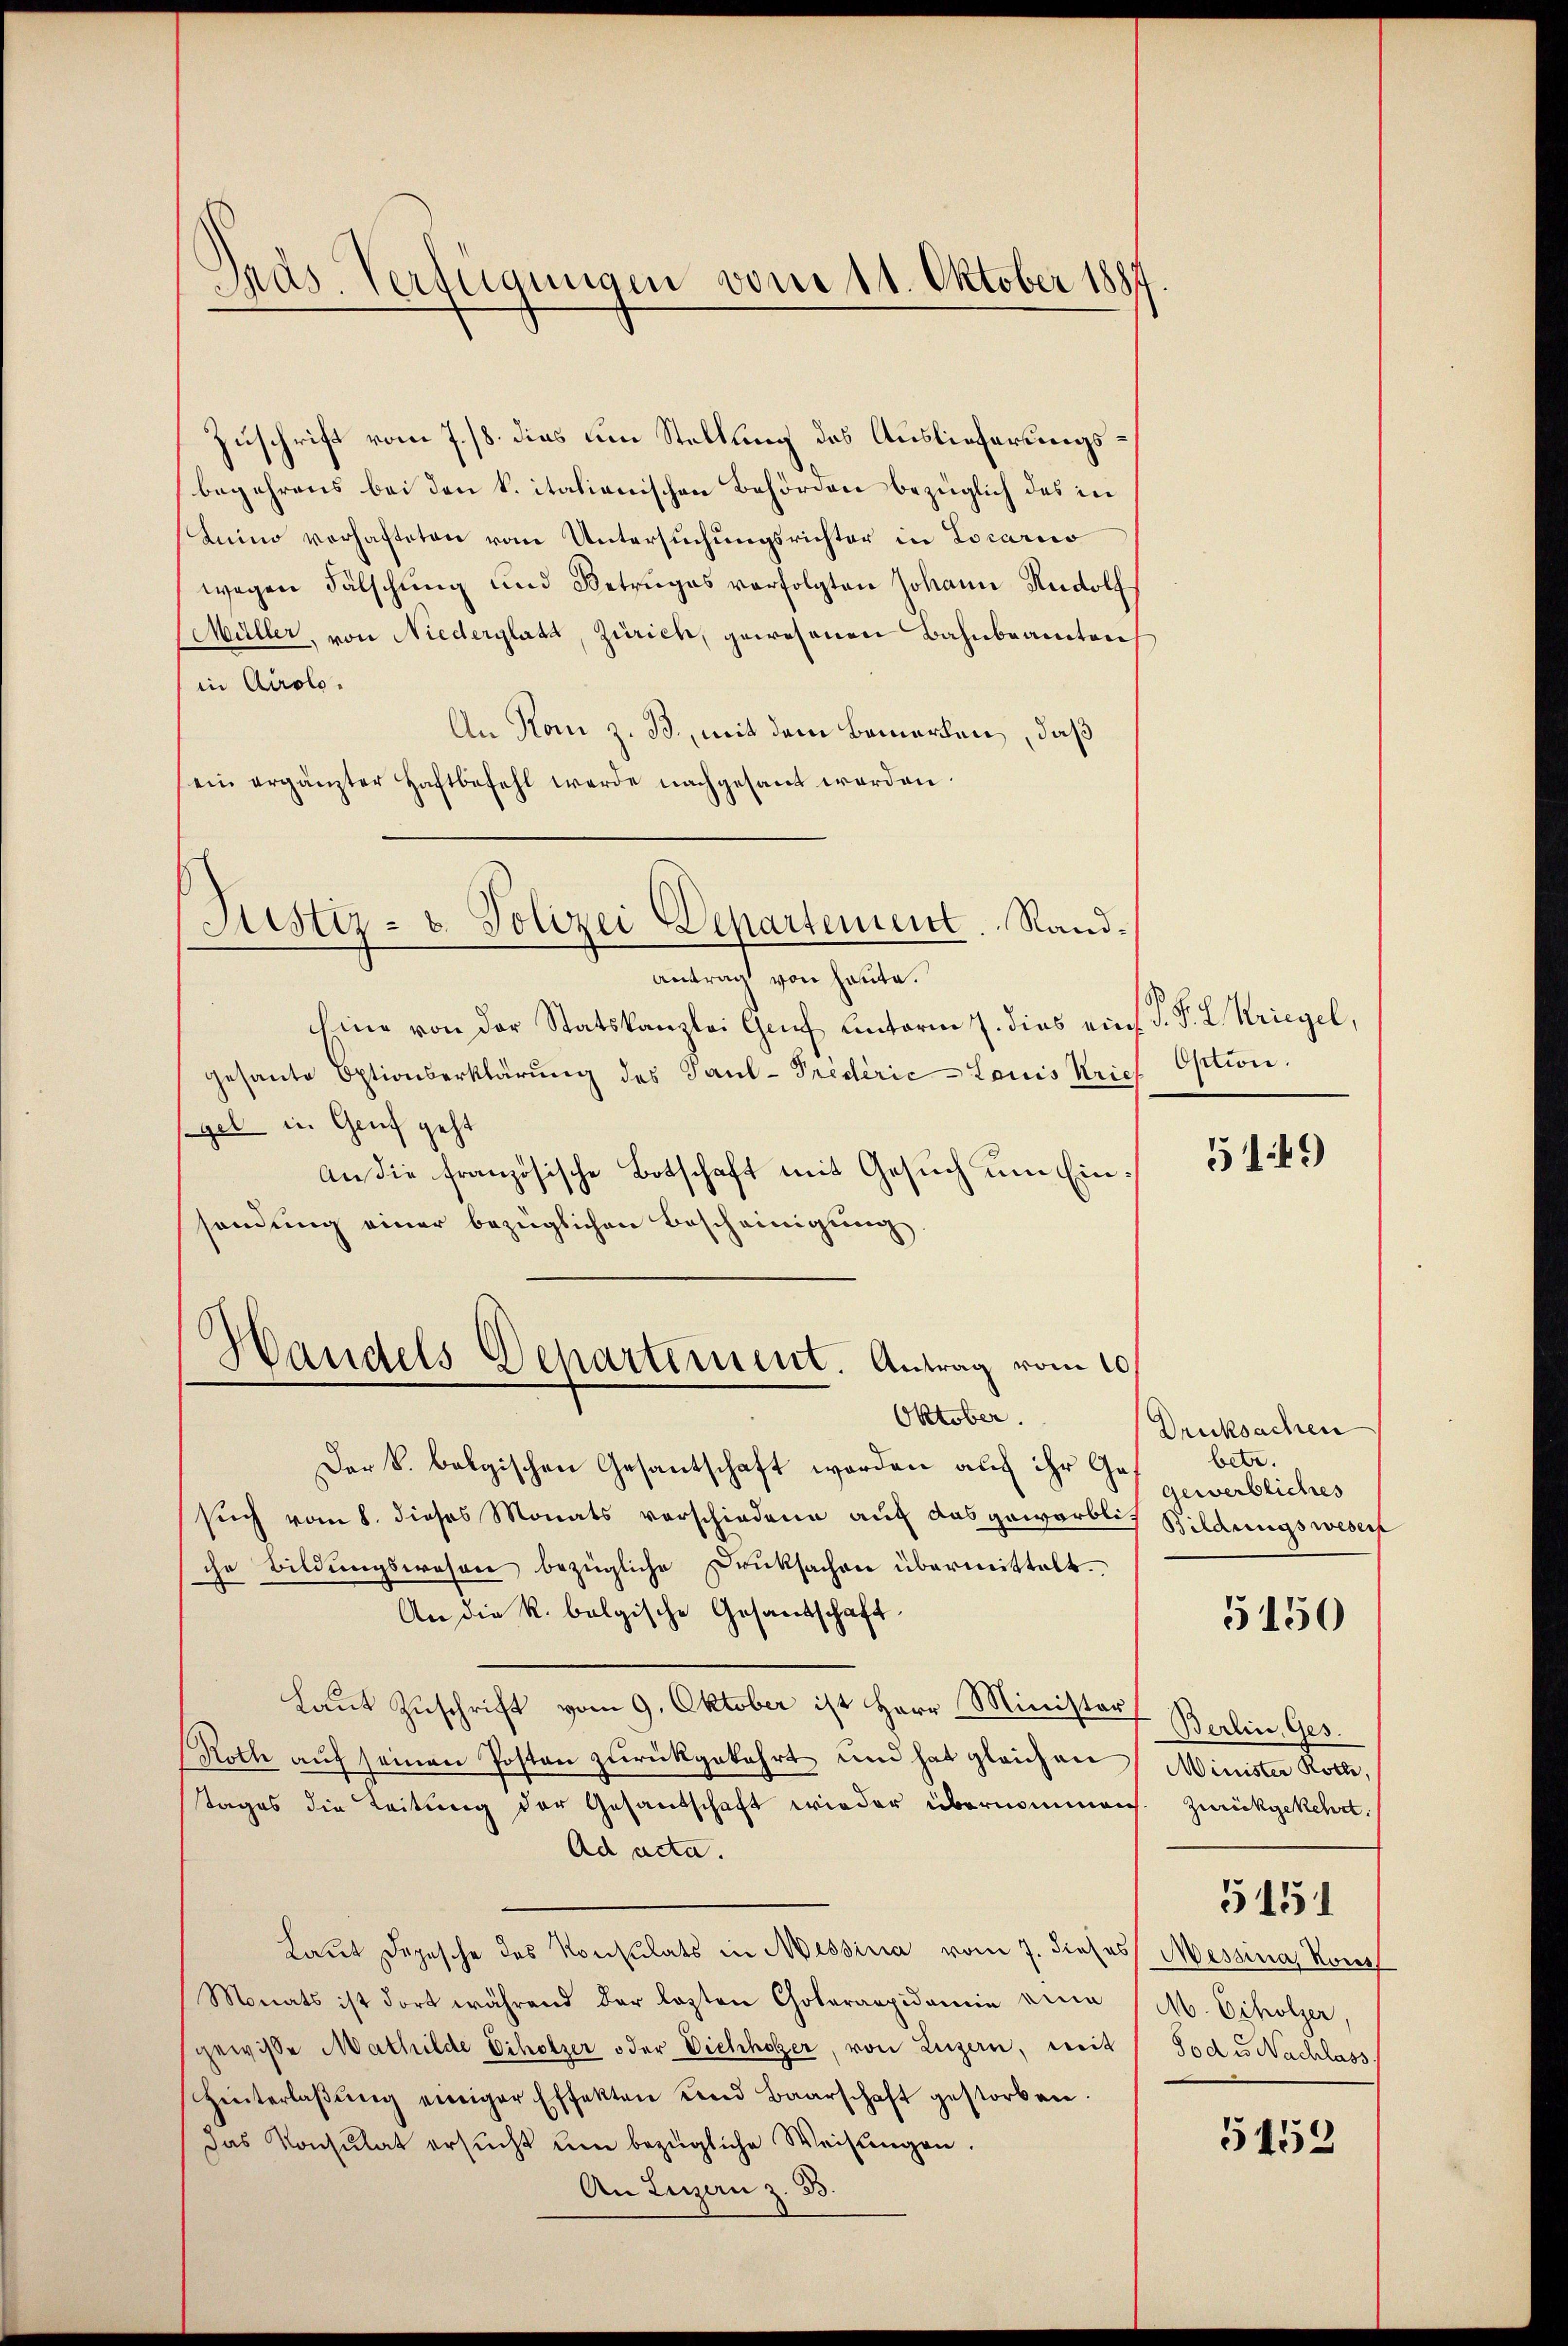
Zuschrift vom 7./8. dies um Stellung des Auslieferungsbegehrens bei den k. italienischen Behörden bezüglich das in
Luino verhafteten vom Untersuchungsrichter in Locario
wegen Fälschŭng und Betruges verfolgten Johann Rudolf
Müller, von Niederglatt, Zürich, gewesenen Bahnbeamten
in Airolo.
An Rom z. B., mit dem Bemerken, daß
ein ergänzter Haftbefehl werde nachgesant werden.
Justiz- & Polizei Departement. Rand¬

das. Verfügungen vom 11. Oktober 1887

antrag von heute.
hine von der Statskanzlei Genf unterm 7. dies ein P. P. L. Kriegel,
gesante Optionserklärung des Paul - Triderić -Louis Krief Option.
gel in Genf geht
An die französische Botschaft mit Gesuch um Einsendung einer bezüglichen Bescheinigung
Der k. belgischen Gesantschaft worden auf ihr Gesuch vom 8. dieses Monats verschiedene auf das geworblich
che Bildungswesen bezügliche Drucksachen übermittelt.
An die k. belgische Gesandschaft
Laut Zuschrift vom 9. Oktober ist Herr Minister Berlin, Ges¬
(Roth aŭf seinen Posten zŭrückgekehrt und hat gleichen Minister Roche.
tages die Leitung der Gesandschaft wieder übernommen. Zurückgekehrt.
Ad acta.
Laut Depesche des Konsulats in Messina vom 7. dieses Messina Konst
Monats ist dort während der lezten Choleraapidemie eine
gewisse Mathilde Erholzer oder Dichholzer, von Luzern, weit
hinterlaβŭng einiger Effekten und Baarschaft gestorben.
das Konsulat ersŭcht um bezügliche Weisŭngen.
An Luzern z. B.

Handels Departement. Antrag vom 10.
Oktober.

5149

Drucksachen
betr.
gewerbliches
Bildungswesen

5150

M. Echolzer,
Tod es Nachlass

5151

3452